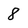
Character: 8